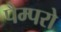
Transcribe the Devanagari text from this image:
पैम्परो